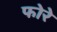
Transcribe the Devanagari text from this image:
फोरे